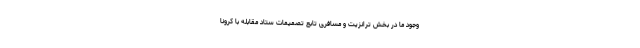
وجود ما در بخش ترانزیت و مسافری تابع تصمیمات ستاد مقابله با کرونا